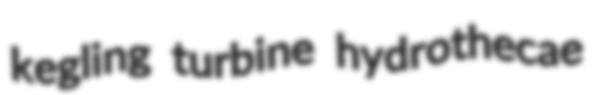
kegling turbine hydrothecae